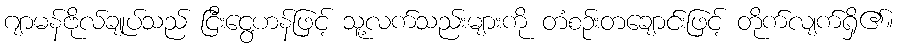
ဂျာမန်ဗိုလ်ချုပ်သည် ငြီးငွေ့ဟန်ဖြင့် သူ့လက်သည်းများကို တံစဉ်းတချောင်းဖြင့် တိုက်လျက်ရှိ၏။